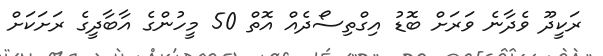
ރަކީދޫ ވެދާނެ ވަރަށް ބޮޑު އިގްތިސޯދެއް އޮތް 50 މީހުންގެ އާބާދީގެ ރަށަކަށް